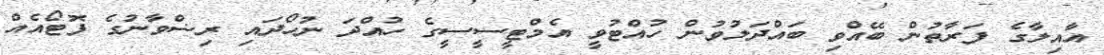
އާއިލާގެ ފަރާތުން ބޭއްވި ބައްދަލުވުން ހުއްޓުވީ އެމްޓީސީސީގެ ހުއްދަ ނުހޯދައި ރިޟްވާނުގެ ފޮޓޯއެއް